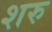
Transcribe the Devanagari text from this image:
शरु